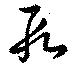
段